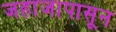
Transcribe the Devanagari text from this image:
जहाजापासून